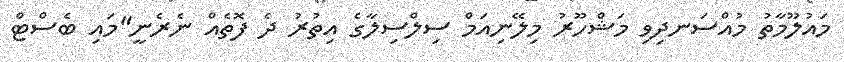
މައުލޫމާތު މުއްސަނދިވި މަޝްހޫރު މިލޭނިއަމް ސިލްސިލާގެ އިތުރު ދެ ފޮތެއް ނެރެނީ"މައި ބެސްޓް